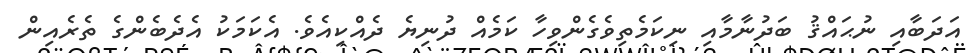
އަދަބާއި ނުޙައްޤު ބަދުނާމާއި ނިކަމެތިވެގެންވިހާ ކަމެއް ދުނިޔެ ދެއްކިއެވެ. އެކަމަކު އެދެބެންގެ ތެރެއިން